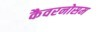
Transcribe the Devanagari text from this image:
कैवरनोसम